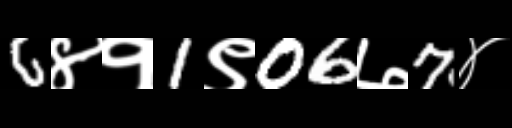
Text: 6४१1९06७7४